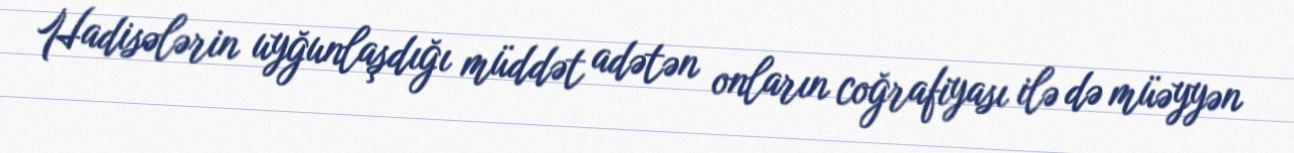
Hadisələrin uyğunlaşdığı müddət adətən onların coğrafiyası ilə də müəyyən